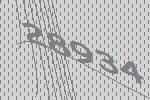
28934